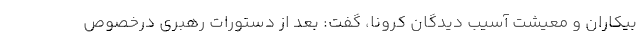
بیکاران و معیشت آسیب دیدگان کرونا، گفت: بعد از دستورات رهبری درخصوص